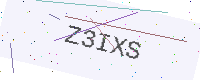
Text: Z3IXS